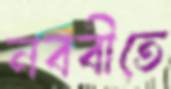
নববীতে